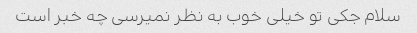
سلام جکی تو خیلی خوب به نظر نمیرسی چه خبر است